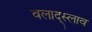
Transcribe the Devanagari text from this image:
वलाद्स्लाव